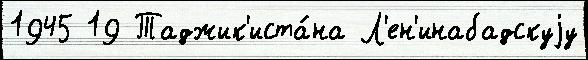
1945 19 Таджик'иста́на Л'ен'инабадскуjу